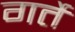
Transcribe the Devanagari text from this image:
गर्ते